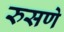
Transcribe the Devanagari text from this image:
रुसणे